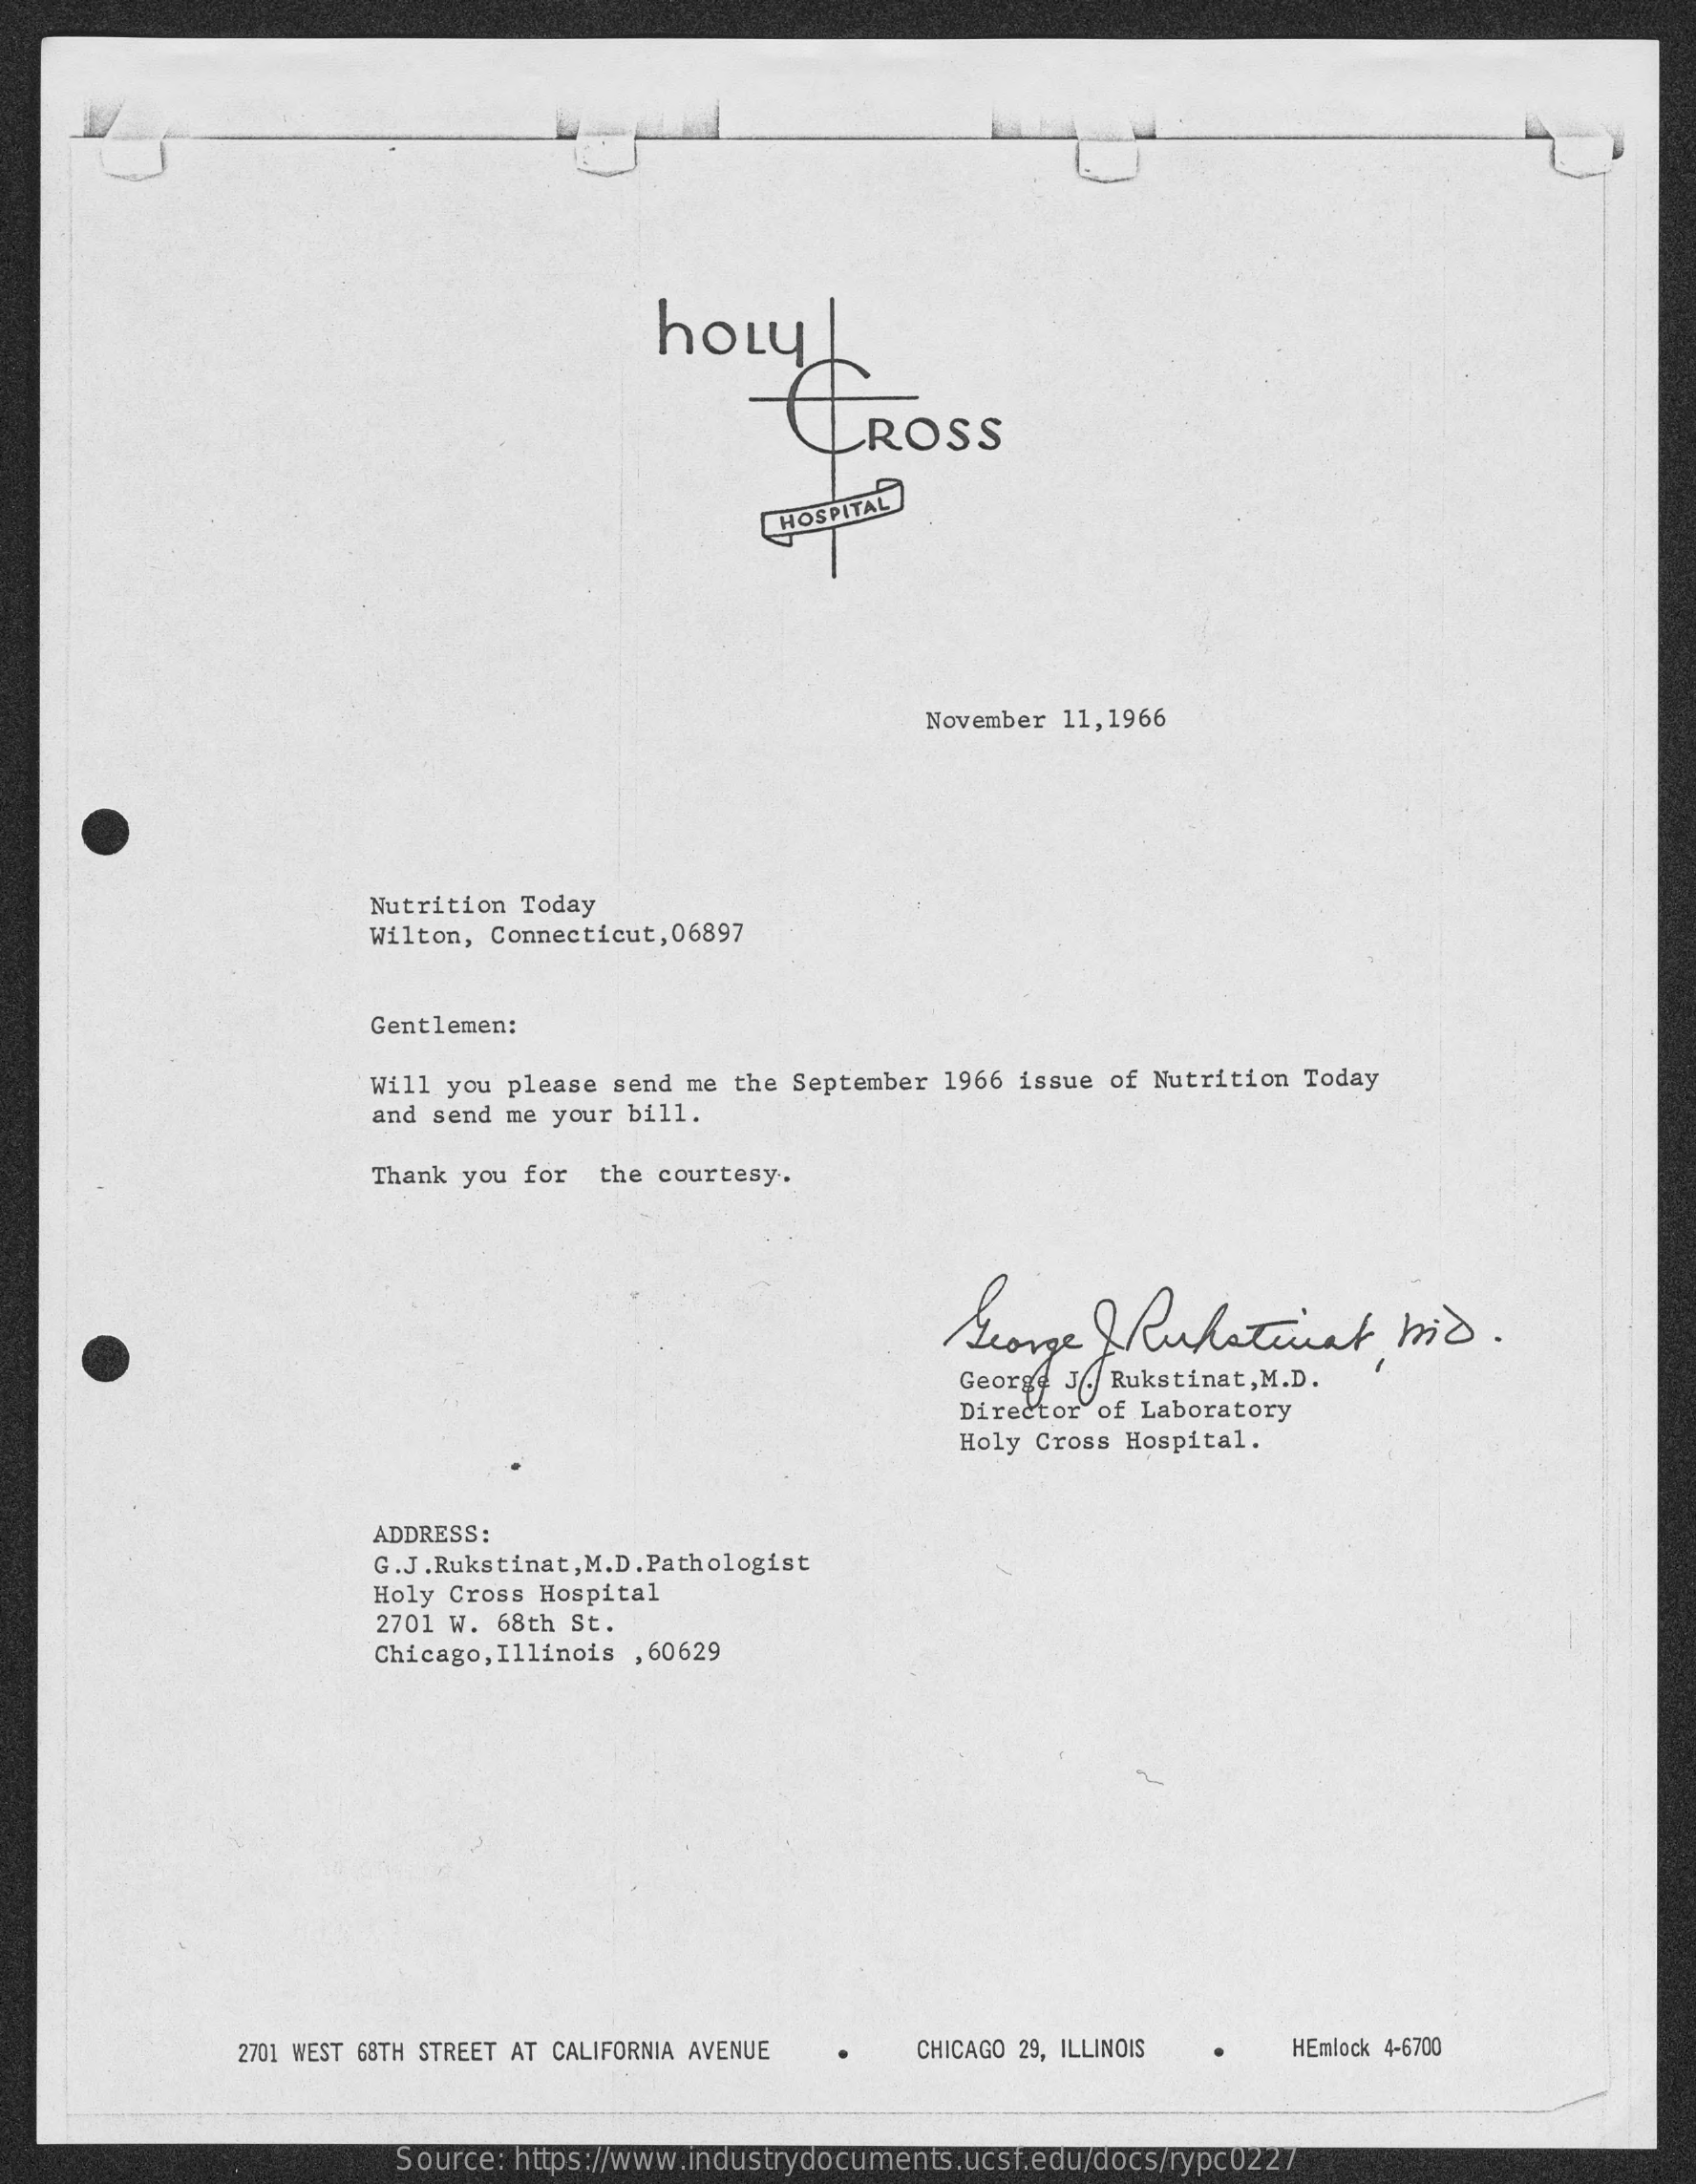
holy
     CROSS
     HOSPITAL
     November 11,1966
     Nutrition Today
     Wilton, Connecticut, 06897
     Gentlemen:
     Will you please send me the September 1966 issue of Nutrition Today
     and send me your bill.
     Thank you for the courtesy.
     George Ruhatuvat    tid.
     George J. Rukstinat, M.D.
     Director of Laboratory
     Holy Cross Hospital.
     ADDRESS:
     G.J. Rukstinat, M.D. Pathologist
     Holy Cross Hospital
     2701 W. 68th St.
     Chicago, Illinois , 60629
     2701 WEST 68TH STREET AT CALIFORNIA AVENUE CHICAGO 29, ILLINOIS HEmlock 4-6700
     Source: https://www.industrydocuments.ucsf.edu/docs/rypc0227